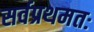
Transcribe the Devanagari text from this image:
सर्वप्रथमतः